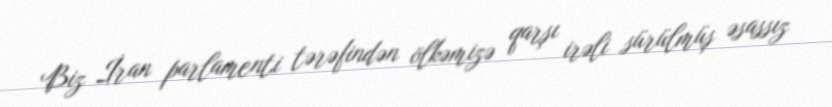
Biz İran parlamenti tərəfindən ölkəmizə qarşı irəli sürülmüş əsassız